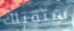
ستقتلك